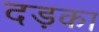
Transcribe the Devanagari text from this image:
दड़का